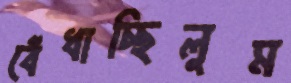
বেঁধাচ্ছিলুম